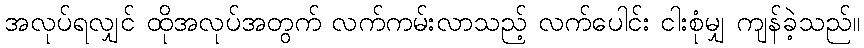
အလုပ်ရလျှင် ထိုအလုပ်အတွက် လက်ကမ်းလာသည့် လက်ပေါင်း ငါးစုံမျှ ကျန်ခဲ့သည်။